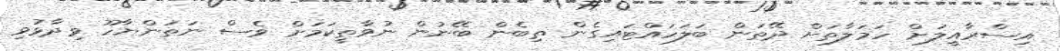
އިސްރާއީލަށް ހަމަލާތަށް ދޭތަން ބަލަހައްޓައިގެން ތިބެން ބޭނުން ނުވާތީކަމަށް ވެސް ނަތަންޔާހޫ ވިދާޅުވި